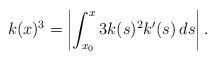
LaTeX: \begin{align*}k(x)^{3}=\left|\int_{x_{0}}^{x}3k(s)^{2}k'(s)\,ds\right|.\end{align*}